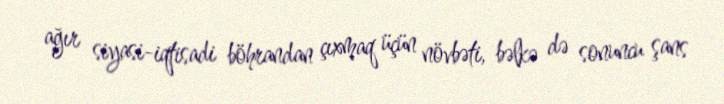
ağır siyasi-iqtisadi böhrandan çıxmaq üçün növbəti, bəlkə də sonuncu şans